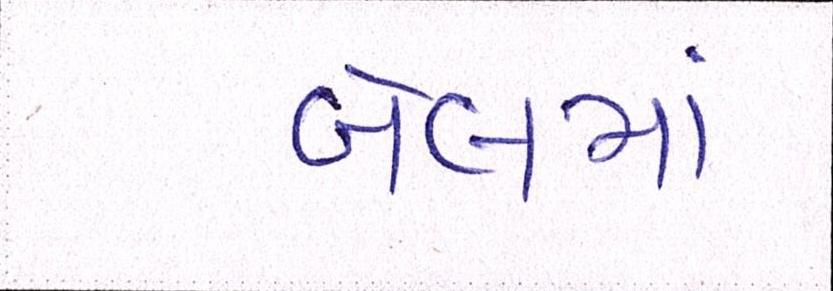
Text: બેલમાં